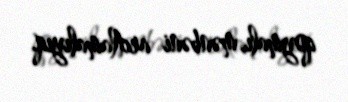
qoymalı, mənbəni arıtlamalıyıq.